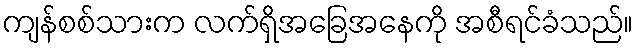
ကျန်စစ်သားက လက်ရှိအခြေအနေကို အစီရင်ခံသည်။